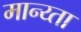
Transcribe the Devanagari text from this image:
मान्य्ता